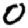
Digit: 0